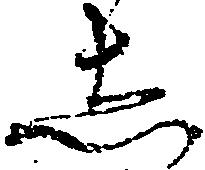
し